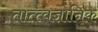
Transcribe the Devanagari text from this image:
तात्त्वज्ञानिक